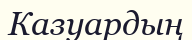
Казуардың